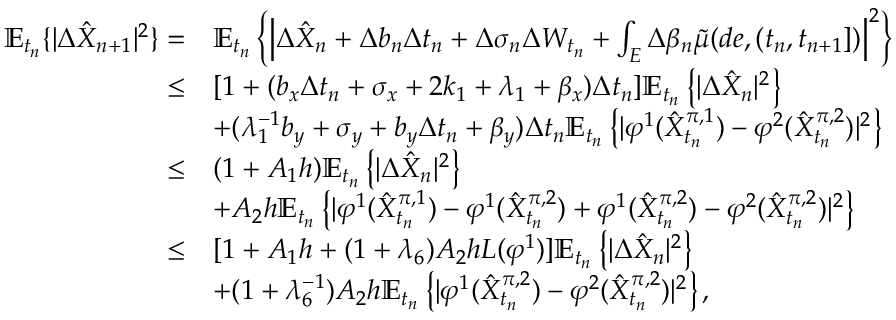
\begin{array} { r } { \begin{array} { r l } { \mathbb { E } _ { t _ { n } } \{ | \Delta \hat { X } _ { n + 1 } | ^ { 2 } \} = } & { \mathbb { E } _ { t _ { n } } \left\{ \left| \Delta \hat { X } _ { n } + \Delta b _ { n } \Delta t _ { n } + \Delta \sigma _ { n } \Delta W _ { t _ { n } } + \int _ { E } \Delta \beta _ { n } \tilde { \mu } ( d e , ( t _ { n } , t _ { n + 1 } ] ) \right| ^ { 2 } \right\} } \\ { \leq } & { [ 1 + ( b _ { x } \Delta t _ { n } + \sigma _ { x } + 2 k _ { 1 } + \lambda _ { 1 } + \beta _ { x } ) \Delta t _ { n } ] \mathbb { E } _ { t _ { n } } \left\{ | \Delta \hat { X } _ { n } | ^ { 2 } \right\} } \\ & { + ( \lambda _ { 1 } ^ { - 1 } b _ { y } + \sigma _ { y } + b _ { y } \Delta t _ { n } + \beta _ { y } ) \Delta t _ { n } \mathbb { E } _ { t _ { n } } \left\{ | \varphi ^ { 1 } ( \hat { X } _ { t _ { n } } ^ { \pi , 1 } ) - \varphi ^ { 2 } ( \hat { X } _ { t _ { n } } ^ { \pi , 2 } ) | ^ { 2 } \right\} } \\ { \leq } & { ( 1 + A _ { 1 } h ) \mathbb { E } _ { t _ { n } } \left\{ | \Delta \hat { X } _ { n } | ^ { 2 } \right\} } \\ & { + A _ { 2 } h \mathbb { E } _ { t _ { n } } \left\{ | \varphi ^ { 1 } ( \hat { X } _ { t _ { n } } ^ { \pi , 1 } ) - \varphi ^ { 1 } ( \hat { X } _ { t _ { n } } ^ { \pi , 2 } ) + \varphi ^ { 1 } ( \hat { X } _ { t _ { n } } ^ { \pi , 2 } ) - \varphi ^ { 2 } ( \hat { X } _ { t _ { n } } ^ { \pi , 2 } ) | ^ { 2 } \right\} } \\ { \leq } & { [ 1 + A _ { 1 } h + ( 1 + \lambda _ { 6 } ) A _ { 2 } h L ( \varphi ^ { 1 } ) ] \mathbb { E } _ { t _ { n } } \left\{ | \Delta \hat { X } _ { n } | ^ { 2 } \right\} } \\ & { + ( 1 + \lambda _ { 6 } ^ { - 1 } ) A _ { 2 } h \mathbb { E } _ { t _ { n } } \left\{ | \varphi ^ { 1 } ( \hat { X } _ { t _ { n } } ^ { \pi , 2 } ) - \varphi ^ { 2 } ( \hat { X } _ { t _ { n } } ^ { \pi , 2 } ) | ^ { 2 } \right\} , } \end{array} } \end{array}